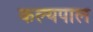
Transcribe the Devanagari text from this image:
कल्यपाल